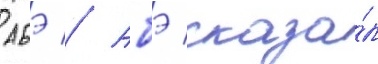
абэ // Абэ сказа́л